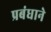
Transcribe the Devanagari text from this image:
प्रबंधाने